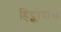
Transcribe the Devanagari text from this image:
हिंद्कोवांस